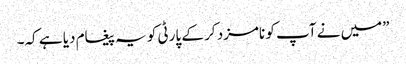
”میں نے آپ کو نامزد کر کے پارٹی کو یہ پیغام دیا ہے کہ۔